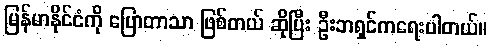
မြန်မာနိုင်ငံကို ပြောတာသာ ဖြစ်တယ် ဆိုပြီး ဦးဘရှင်ကရေးပါတယ်။